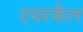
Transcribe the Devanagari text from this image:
एयरकैल